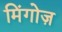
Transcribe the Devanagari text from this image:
मिंगोज़